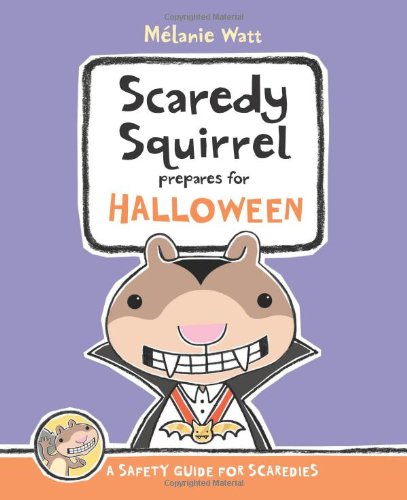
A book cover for Scaredy Squirrel Prepares for Halloween: A Safety Guide for Scaredies; Melanie Watt; Children's Books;